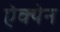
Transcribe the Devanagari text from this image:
ऐक्येन